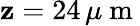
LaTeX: \mathbf{z}=24\, \mu\mathrm{{~m~}}